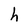
Character: h